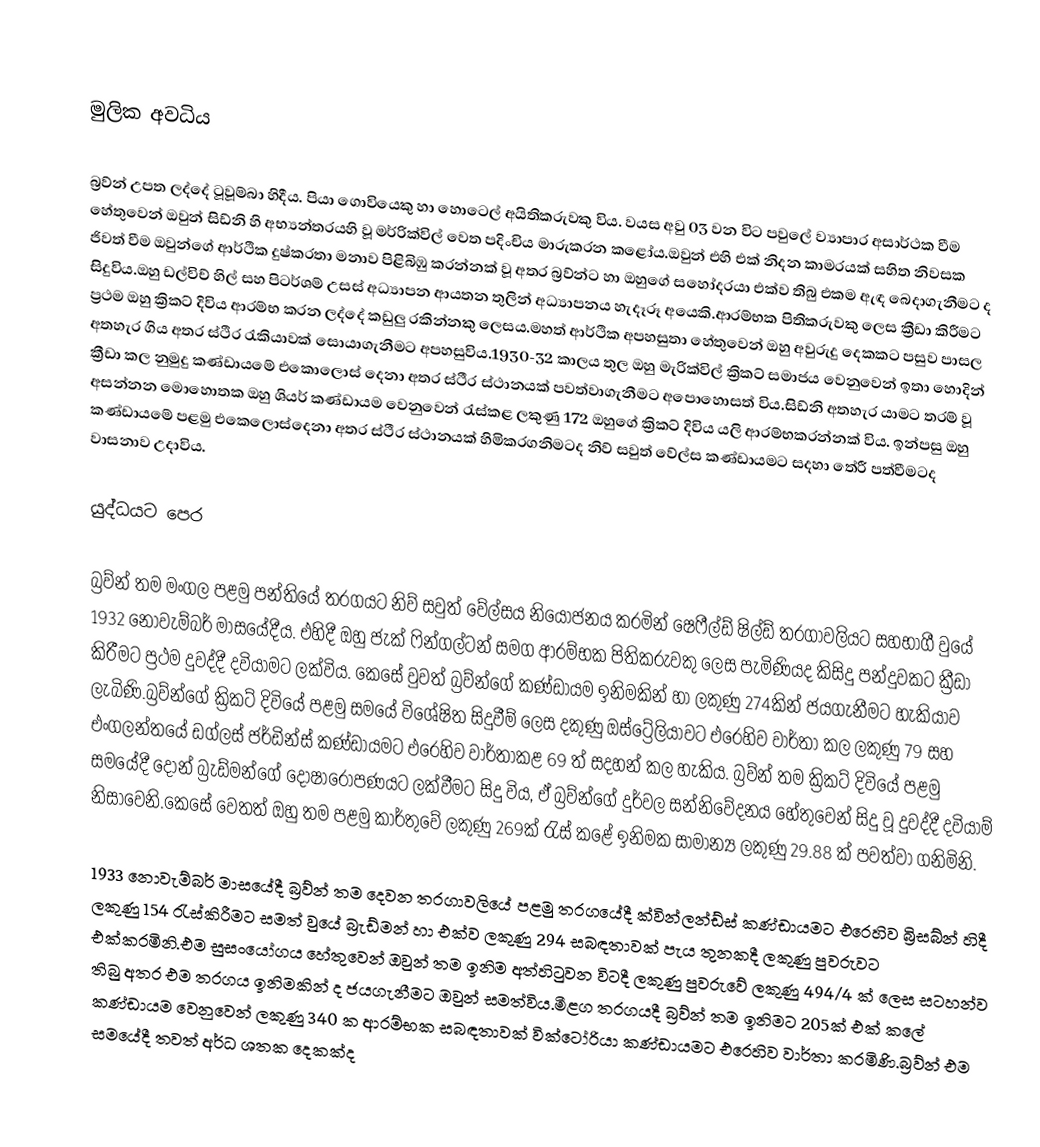

මුලික අවධිය

බ්‍රව්න් උපත ලද්දේ ටූවූම්බා හිදීය. පියා ගොවියෙකු හා හොටෙල් අයිතිකරුවකු විය. වයස අවු 03 වන විට පවුලේ ව්‍යාපාර අසාර්ථක වීම හේතුවෙන් ඔවුන් සිඩ්නි හි අභ්‍යන්තරයහි  වූ මර්රික්විල් වෙත පදිංචිය මාරුකරන කළෝය.ඔවුන් එහි එක් නිදන කාමරයක් සහිත නිවසක ජිවත් වීම ඔවුන්ගේ ආර්ථික දුෂ්කරතා මනාව පිළිබිඹු කරන්නක් වූ අතර බ්‍රව්න්ට හා ඔහුගේ සහෝදරයා එක්ව තිබු එකම  ඇඳ බෙදාගැනීමට ද සිදුවිය.ඔහු ඩල්විච් හිල් සහ පිටර්ශම් උසස් අධ්‍යාපන ආයතන තුලින් අධ්‍යාපනය හැදෑරූ අයෙකි.ආරම්භක පිතිකරුවකු ලෙස ක්‍රීඩා කිරීමට ප්‍රථම ඔහු ක්‍රිකට් දිවිය ආරම්භ කරන ලද්දේ කඩුලු රකින්නකු ලෙසය.මහත් ආර්ථික අපහසුතා හේතුවෙන් ඔහු අවුරුදු දෙකකට පසුව පාසල අතහැර ගිය අතර ස්ථිර රැකියාවක් සොයාගැනීමට අපහසුවිය.1930-32 කාලය තුල ඔහු මැරික්විල් ක්‍රිකට් සමාජය වෙනුවෙන් ඉතා හොදින් ක්‍රීඩා කල නුමුදු කණ්ඩායමේ එකොලොස් දෙනා අතර  ස්ථීර ස්ථානයක් පවත්වාගැනීමට අපොහොසත් විය.සිඩ්නි අතහැර යාමට තරම් වූ අසන්නන මොහොතක ඔහු ශියර් කණ්ඩායම වෙනුවෙන් රැස්කළ ලකුණු 172 ඔහුගේ ක්‍රිකට් දිවිය යලි ආරම්භකරන්නක් විය. ඉන්පසු ඔහු කණ්ඩායමේ පළමු එකෙලොස්දෙනා අතර ස්ථීර ස්ථානයක් හිමිකරගනිමටද නිව් සවුත් වේල්ස කණ්ඩායමට  සදහා තේරී පත්වීමටද වාසනාව උදාවිය.

යුද්ධයට පෙර

බ්‍රව්න් තම මංගල පළමු පන්තියේ තරගයට  නිව් සවුත් වේල්සය නියෝජනය කරමින් ෂෙෆීල්ඩ් ෂිල්ඩ් තරගාවලියට සහභාගී වුයේ 1932 නොවැම්බර් මාසයේදීය. එහිදී ඔහු ජැක් ෆින්ගල්ටන් සමග ආරම්භක පිතිකරුවකු ලෙස පැමිණියද කිසිදු පන්දුවකට ක්‍රීඩා කිරීමට ප්‍රථම දුවද්දී දවියාමට ලක්විය. කෙසේ වුවත් බ්‍රව්න්ගේ කණ්ඩායම ඉනිමකින් හා ලකුණු 274කින් ජයගැනීමට හැකියාව ලැබිණි.බ්‍රව්න්ගේ ක්‍රිකට් දිවියේ පළමු සමයේ විශේෂිත සිදුවීම් ලෙස  දකුණු ඔස්ට්‍රේලියාවට එරෙහිව වාර්තා කල ලකුණු 79 සහ එංගලන්තයේ ඩග්ලස් ජර්ඩින්ස් කණ්ඩායමට එරෙහිව වාර්තාකළ 69 ත් සදහන් කල හැකිය. බ්‍රව්න් තම  ක්‍රිකට් දිවියේ  පළමු සමයේදී දොන් බ්‍රැඩ්මන්ගේ දෝෂාරෝපණයට ලක්වීමට සිදු විය, ඒ බ්‍රව්න්ගේ දුර්වල සන්නිවේදනය හේතුවෙන් සිදු වූ දුවද්දී දවියාම් නිසාවෙනි.කෙසේ වෙතත් ඔහු තම පළමු කාර්තුවේ ලකුණු 269ක් රැස් කළේ ඉනිමක සාමාන්‍ය ලකුණු 29.88 ක් පවත්වා ගනිමිනි.

1933 නොවැම්බර් මාසයේදී බ්‍රව්න් තම දෙවන තරගාවලියේ  පළමු තරගයේදී ක්වින්ලන්ඩ්ස් කණ්ඩායමට එරෙහිව බ්‍රිසබ්න් හිදී ලකුණු 154 රැස්කිරීමට සමත් වුයේ බ්‍රැඩ්මන් හා එක්ව ලකුණු 294 සබඳතාවක් පැය තුනකදී ලකුණු පුවරුවට එක්කරමිනි.එම සුසංයෝගය හේතුවෙන් ඔවුන් තම ඉනිම අත්හිටුවන විටදී ලකුණු පුවරුවේ ලකුණු 494/4 ක් ලෙස සටහන්ව තිබු අතර එම තරගය ඉනිමකින් ද ජයගැනීමට ඔවුන් සමත්විය.මීළග තරගයදී බ්‍රව්න් තම ඉනිමට 205ක් එක් කලේ කණ්ඩායම වෙනුවෙන් ලකුණු 340 ක ආරම්භක  සබඳතාවක් වික්ටෝරියා කණ්ඩායමට එරෙහිව වාර්තා කරමිණි.බ්‍රව්න් එම සමයේදී තවත් අර්ධ ශතක දෙකක්ද